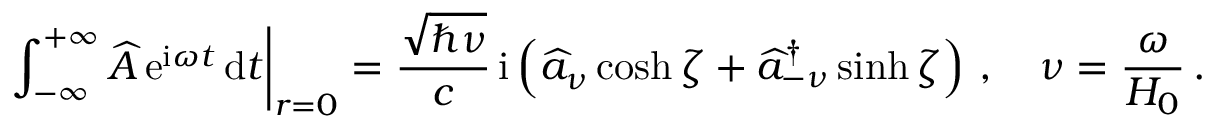
\left. \int _ { - \infty } ^ { + \infty } \widehat { A } \, \mathrm { e } ^ { \mathrm { i } \omega t } \, \mathrm { d } t \right| _ { r = 0 } = \frac { \sqrt { \hbar \nu } } { c } \, \mathrm { i } \left( \widehat { a } _ { \nu } \cosh \zeta + \widehat { a } _ { - \nu } ^ { \dagger } \sinh \zeta \right) \, , \quad \nu = \frac { \omega } { H _ { 0 } } \, .